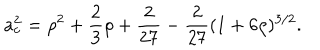
a _ { c } ^ { 2 } = \rho ^ { 2 } + \frac { 2 } { 3 } \rho + \frac { 2 } { 2 7 } - \frac { 2 } { 2 7 } ( 1 + 6 \rho ) ^ { 3 / 2 } .